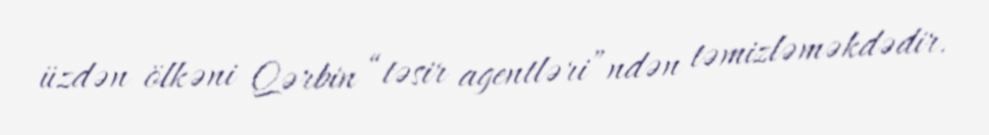
üzdən ölkəni Qərbin “təsir agentləri”ndən təmizləməkdədir.